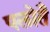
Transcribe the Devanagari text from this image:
पलोतै